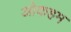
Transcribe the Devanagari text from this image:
ओकहम